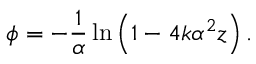
\phi = - \frac { 1 } { \alpha } \ln \left( 1 - 4 k \alpha ^ { 2 } z \right) .